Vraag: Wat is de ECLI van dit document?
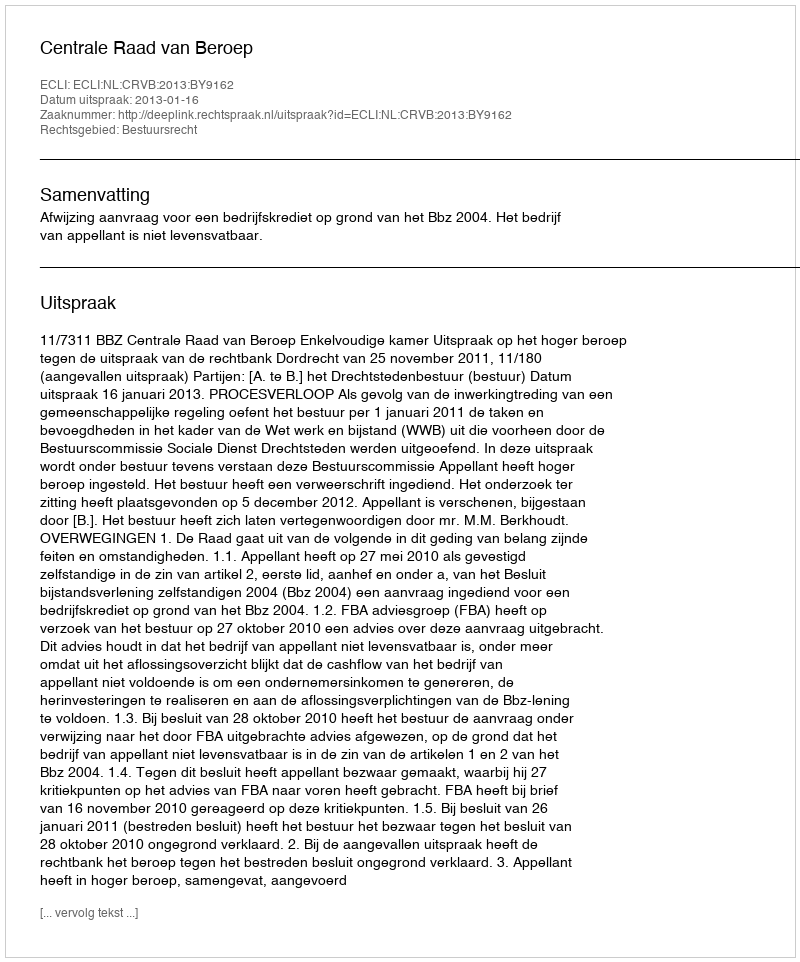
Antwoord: ECLI:NL:CRVB:2013:BY9162